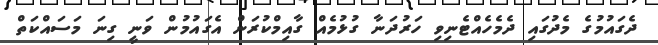
ދެގައުމުގެ މެދުގައި ދެމެހެއްޓެނިވި ހަރުދަނާ ގުޅުމެއް ގާއިމްކުރަން އެގައުމުން ވަނީ ގިނަ މަސައްކަތް